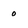
Character: 0